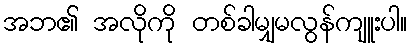
အဘ၏ အလိုကို တစ်ခါမျှမလွန်ကျူးပါ။